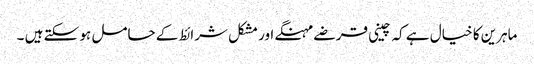
ماہرین کا خیال ہے کہ چینی قرضے مہنگے اور مشکل شرائط کے حامل ہو سکتے ہیں ۔